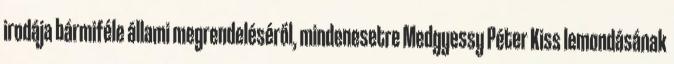
irodája bármiféle állami megrendeléséről, mindenesetre Medgyessy Péter Kiss lemondásának